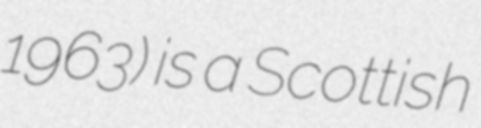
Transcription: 1963) is a Scottish